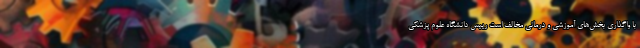
با واگذاری بخش‌های آموزشی و درمانی مخالف است رییس دانشگاه علوم پزشکی